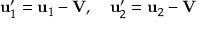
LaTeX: \mathbf { u } _ { 1 } ^ { \prime } = \mathbf { u } _ { 1 } - \mathbf { V } , \quad \mathbf { u } _ { 2 } ^ { \prime } = \mathbf { u } _ { 2 } - \mathbf { V }